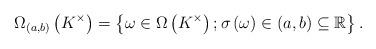
LaTeX: \begin{align*}\Omega_{(a,b)}\left( K^{\times}\right) =\left\{ \omega\in\Omega\left(K^{\times}\right) ;\sigma\left( \omega\right) \in(a,b)\subseteq\mathbb{R}\right\} .\end{align*}